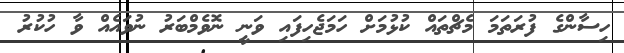
ހިސާންގެ ފުރަތަމަ މެޗްތައް ކުޅުމަށް ހަމަޖެހިފައި ވަނީ ނޮވެމްބަރު ނުވައެއް ވާ ހުކުރު